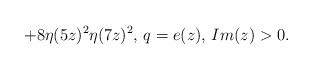
LaTeX: \begin{align*}+8\eta(5z)^2\eta(7z)^2\textrm{, }q=e(z)\textrm{, }Im(z)>0.\end{align*}